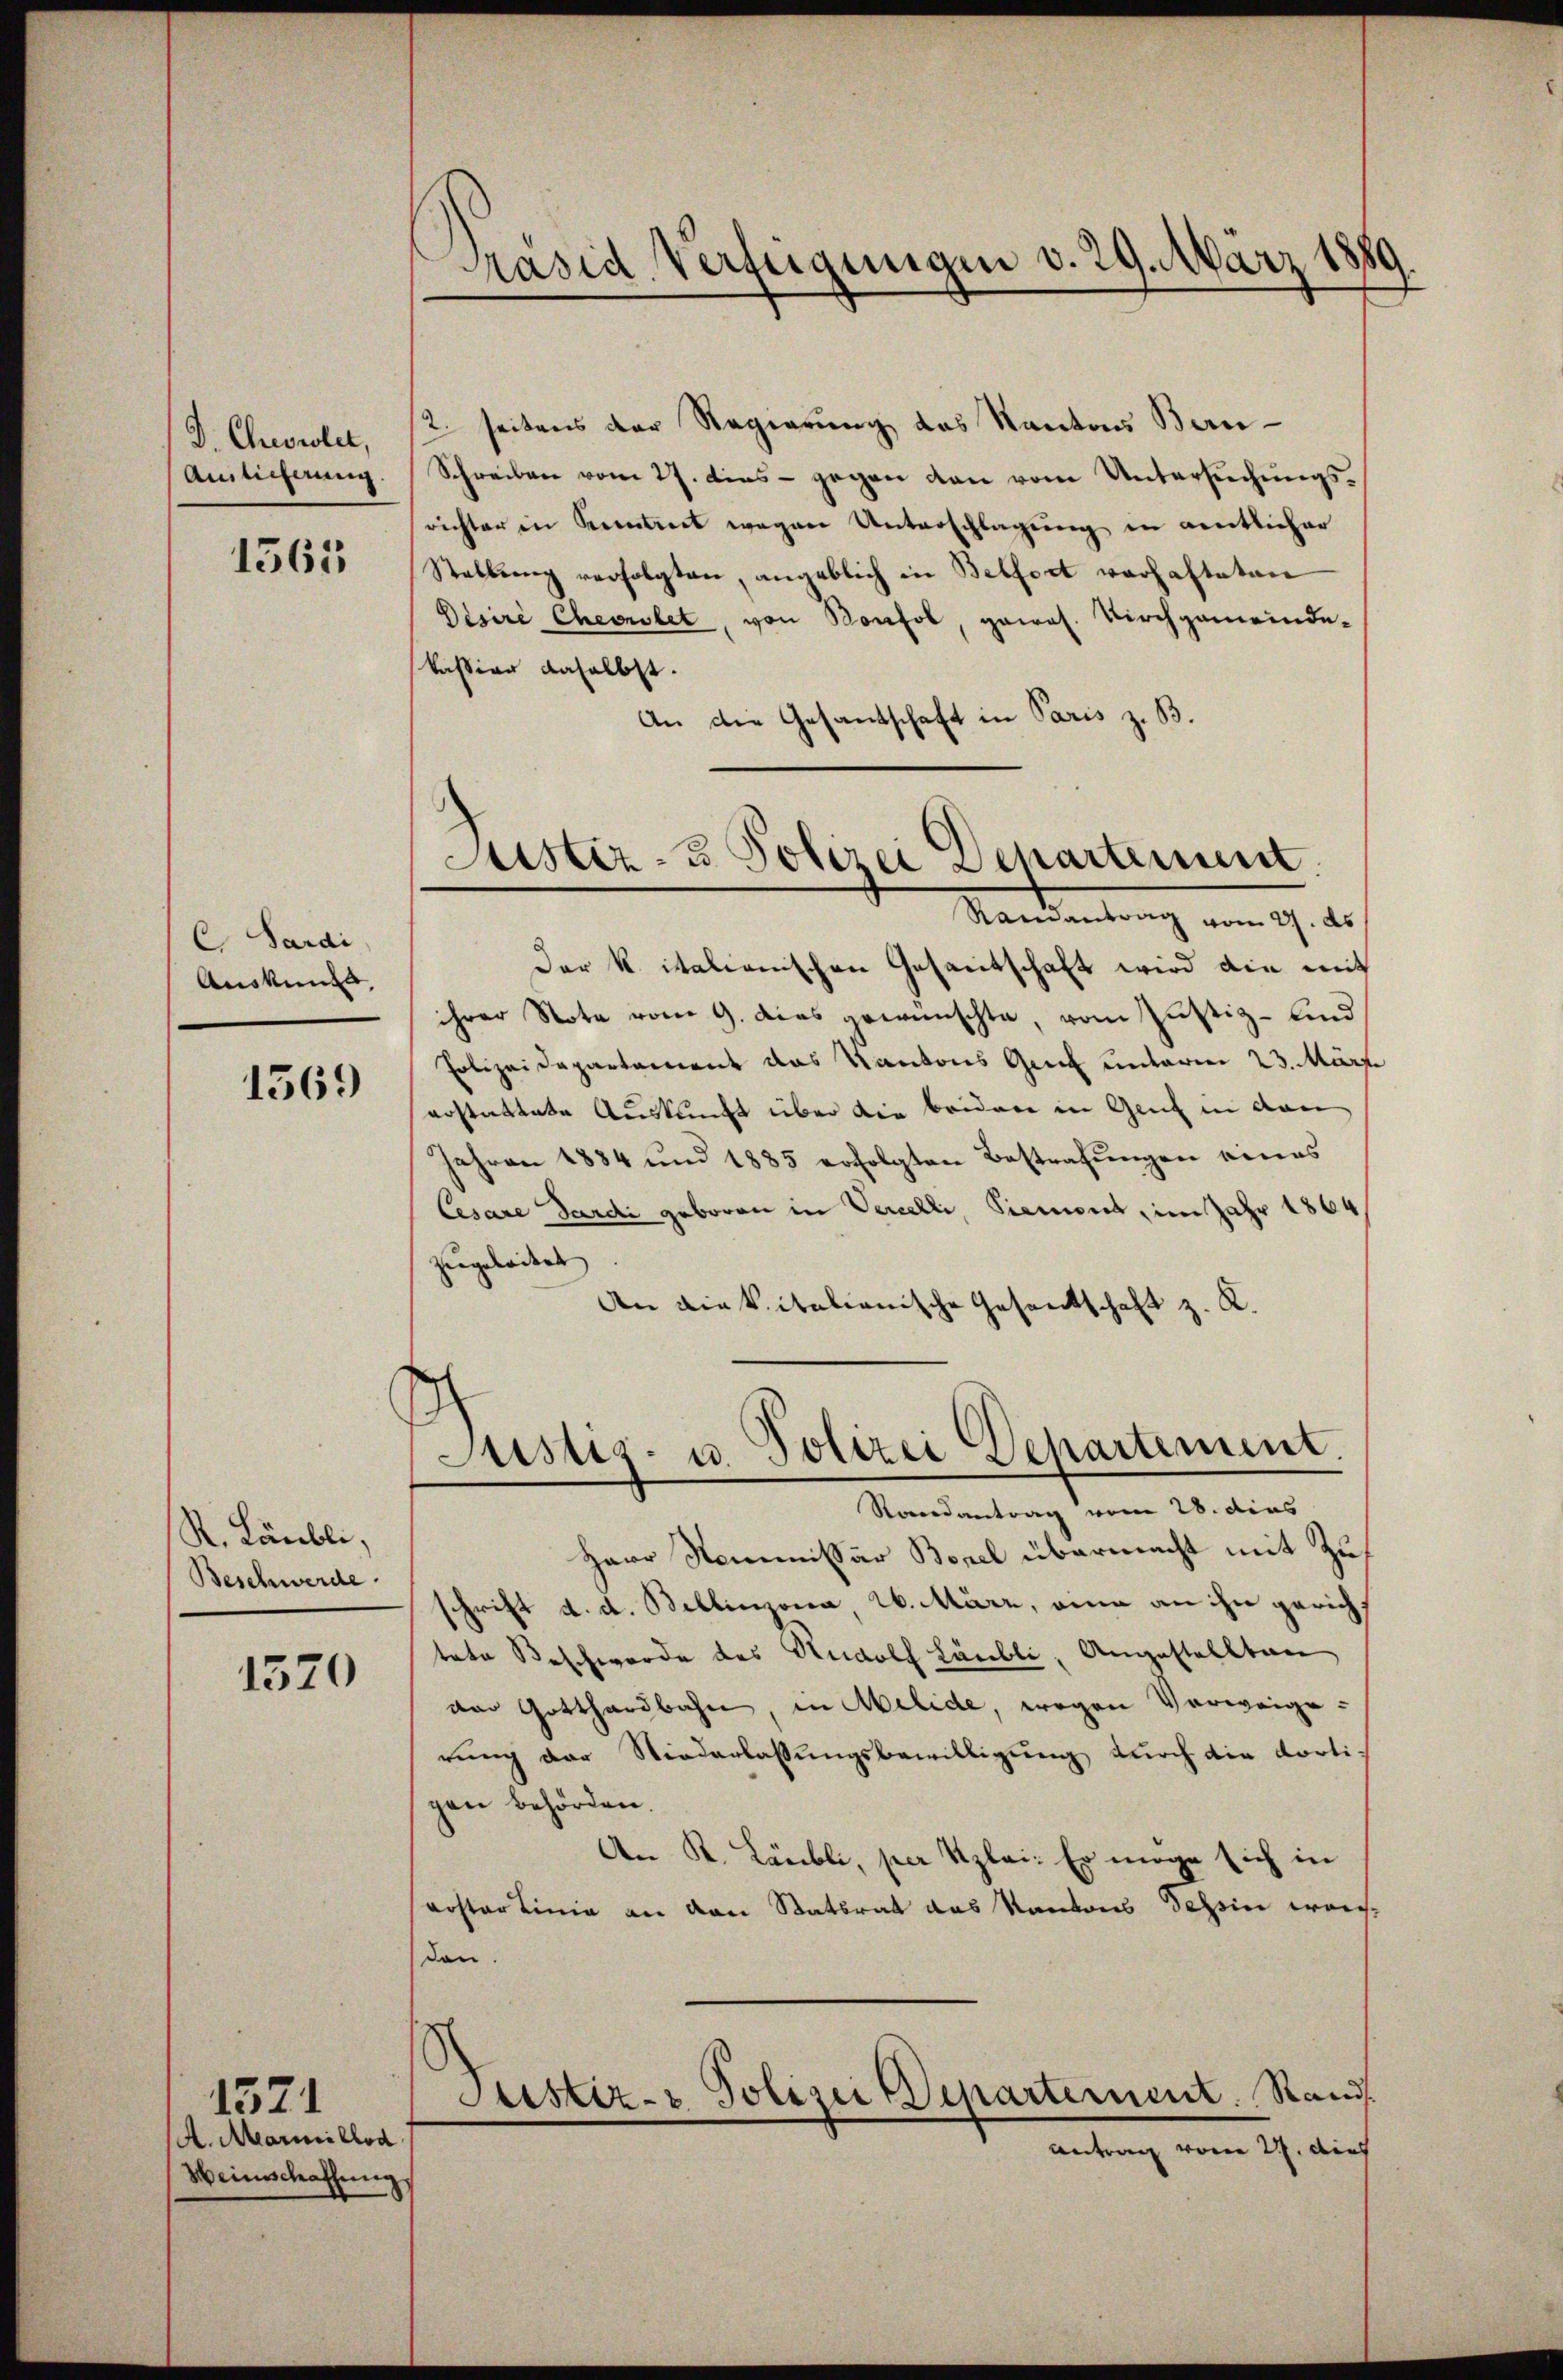
D. Chronolet,
Amlicherung

1565

C. Sardi
Auskunft,

1569

R. Läubli,
Beschwerde.

1570

A. Marillod
Heimschaffung

1571

Präsid Verfügungen v. 29. März 1881

2. Seitens der Regierung des Kantons Bau¬
Schreiben vom 27. Diens - gegen den vom Untersuchungsrichter in Seitet wegen Unterschlagŭng in amtlicher
Stellŭng verfolgten, angeblich in Belfort verhafteten
Disire Chemnolet, von Konsol, gewas. Kirchgemeinde-
kassian daselbst.
An die Gesandschaft in Paris z. B.

Justiz- & Polizei Departement
Ramantrag vom 27. ds

Justiz- u. Polizei Departement
Rondantrag vom 28. dies

Der k. italienischen Gesamtschaft wird die mit
ihrer Note vom 9. das gewünschte, vom Justiz- und
Polizeidepartament das Kantons Genf unterm 23. März.
erstattete Auskunft über die beiden in Genf in den
Jahren 1884 und 1885 erfolgten Bestrafŭngen eines
Cesare Sardi geboren in Verelli, Siemont, im Jahr 1864
zergeleitet. |
An diekitalienische Gesandschaft z. K.
Harr Kommissär Borel übermacht mit Zuschrift d. d. Bellinzona, 2. März, eine an ihn gericht
tete Beschwerde des Rudolf Läubli, Angestellten
dor Gotthardbahn, in Melide, wegen Vorweigerung der Niederlassungsbewilligung durch die dortigen behörden.
An K. Läubli, per plai. Er möge sich in
roster Linie an den Stattrat das Kantons Tessin war.
don.
Astiz- & Polizei Departement. Stand.
Antrag vom 27. dies